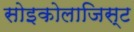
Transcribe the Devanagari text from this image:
सोइकोलाजिस्ट